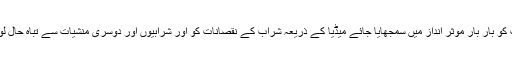
تعلیمی اداروں میں اس کے نقصانات کو بار بار مؤثر انداز میں سمجھایا جائے میڈیا کے ذریعہ شراب کے نقصانات کو اور شرابیوں اور دوسری منشیات سے تباہ حال لوگوں کے احوال سامنے لائے جائیں۔